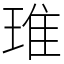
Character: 琟